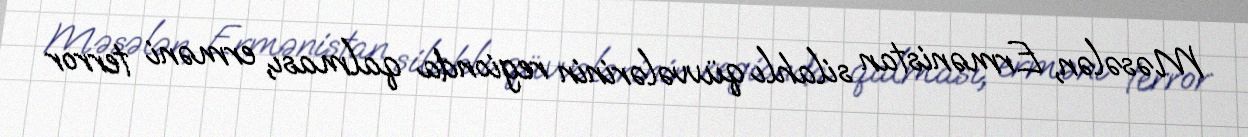
Məsələn, Ermənistan silahlı qüvvələrinin regionda qalması, erməni terror